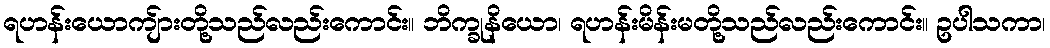
ရဟန်းယောကျ်ားတို့သည်လည်းကောင်း။ ဘိက္ခုနိယော၊ ရဟန်းမိန်းမတို့သည်လည်းကောင်း။ ဥပါသကာ၊